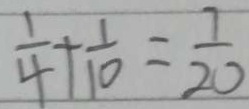
\frac { 1 } { 4 } + \frac { 1 } { 1 0 } = \frac { 7 } { 2 0 }